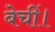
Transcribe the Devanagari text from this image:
बेचीं।